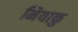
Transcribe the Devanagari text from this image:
मियाकु